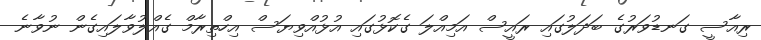
ރިއާސީ ގަނޑުވަރުގެ ބަދަލުގައި ރައީސް އަމިއްލަ ގެކޮޅުގައި އުޅުއްވިޔަސް އިހްތިރާމް ގެއްލުވާލައިގެން ނުވާނެ